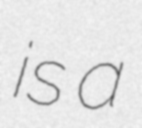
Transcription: is a